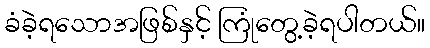
ခံခဲ့ရသောအဖြစ်နှင့် ကြုံတွေ့ခဲ့ရပါတယ်။